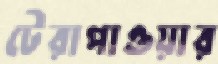
টেরাপাওয়ার